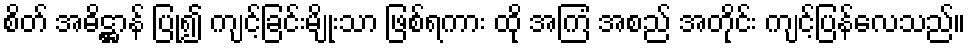
စိတ် အဓိဋ္ဌာန် ပြု၍ ကျင့်ခြင်းမျိုးသာ ဖြစ်ရကား ထို အကြံ အစည် အတိုင်း ကျင့်ပြန်လေသည်။